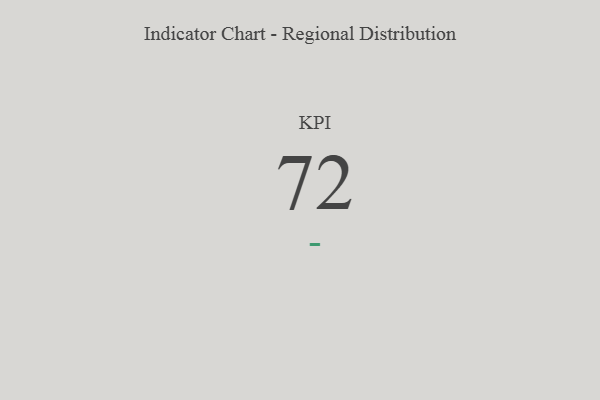
{"axis": {"x": "KPI", "y": "Value"}, "legend": [""], "data": [{"x": "KPI", "y": 72, "type": ""}]}